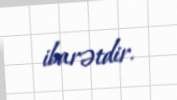
ibarətdir.